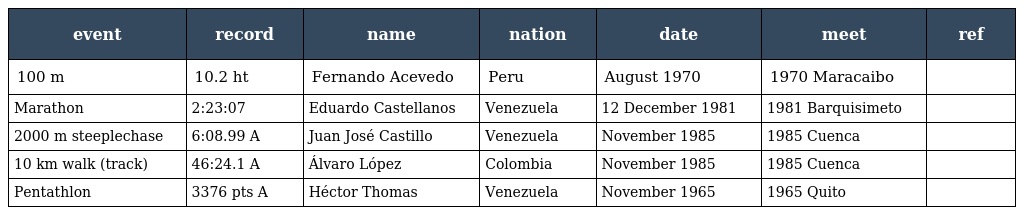
| event | record | name | nation | date | meet | ref |
 | --- | --- | --- | --- | --- | --- | --- |
 | 100 m | 10.2 ht | Fernando Acevedo | Peru | August 1970 | 1970 Maracaibo |  |
 | Marathon | 2:23:07 | Eduardo Castellanos | Venezuela | 12 December 1981 | 1981 Barquisimeto |  |
 | 2000 m steeplechase | 6:08.99 A | Juan José Castillo | Venezuela | November 1985 | 1985 Cuenca |  |
 | 10 km walk (track) | 46:24.1 A | Álvaro López | Colombia | November 1985 | 1985 Cuenca |  |
 | Pentathlon | 3376 pts A | Héctor Thomas | Venezuela | November 1965 | 1965 Quito |  |